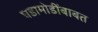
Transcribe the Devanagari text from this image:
घडामोडींबाबत